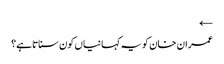
←
عمران خان کو یہ کہانیاں کون سناتاہے؟